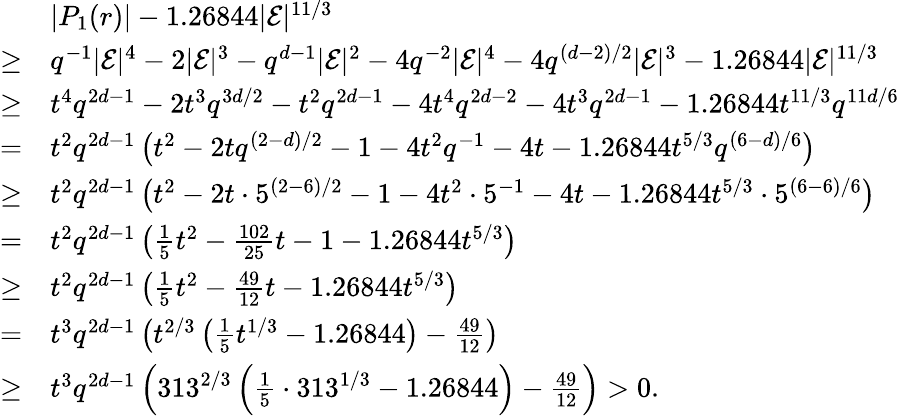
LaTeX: \begin{array}{rl}&{|P_{1}(r)|-1.26844|\mathcal{E}|^{11/3}}\\ {\geq}&{q^{-1}|\mathcal{E}|^{4}-2|\mathcal{E}|^{3}-q^{d-1}|\mathcal{E}|^{2}-4q^{-2}|\mathcal{E}|^{4}-4q^{(d-2)/2}|\mathcal{E}|^{3}-1.26844|\mathcal{E}|^{11/3}}\\ {\geq}&{t^{4}q^{2d-1}-2t^{3}q^{3d/2}-t^{2}q^{2d-1}-4t^{4}q^{2d-2}-4t^{3}q^{2d-1}-1.26844t^{11/3}q^{11d/6}}\\ {=}&{t^{2}q^{2d-1}\left(t^{2}-2tq^{(2-d)/2}-1-4t^{2}q^{-1}-4t-1.26844t^{5/3}q^{(6-d)/6}\right)}\\ {\geq}&{t^{2}q^{2d-1}\left(t^{2}-2t\cdot 5^{(2-6)/2}-1-4t^{2}\cdot 5^{-1}-4t-1.26844t^{5/3}\cdot 5^{(6-6)/6}\right)}\\ {=}&{t^{2}q^{2d-1}\left(\frac{1}{5}t^{2}-\frac{102}{25}t-1-1.26844t^{5/3}\right)}\\ {\geq}&{t^{2}q^{2d-1}\left(\frac{1}{5}t^{2}-\frac{49}{12}t-1.26844t^{5/3}\right)}\\ {=}&{t^{3}q^{2d-1}\left(t^{2/3}\left(\frac{1}{5}t^{1/3}-1.26844\right)-\frac{49}{12}\right)}\\ {\geq}&{t^{3}q^{2d-1}\left(313^{2/3}\left(\frac{1}{5}\cdot 313^{1/3}-1.26844\right)-\frac{49}{12}\right)>0.}\end{array}